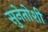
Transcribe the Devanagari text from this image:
सुनेतोशी